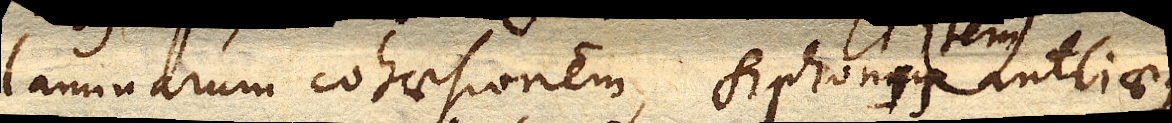
laminarum cohaesionem, siphonis item antliaeque